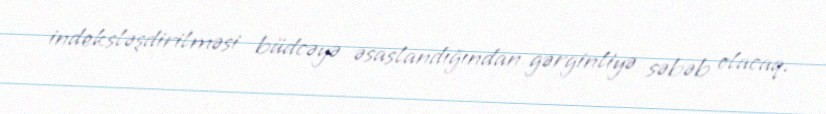
indeksləşdirilməsi büdcəyə əsaslandığından gərginliyə səbəb olacaq.